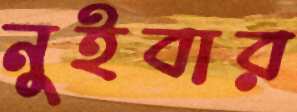
নুইবার